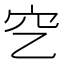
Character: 穵